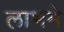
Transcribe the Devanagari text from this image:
लाभमे